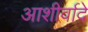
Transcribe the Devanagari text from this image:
आशीर्वादे